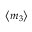
\left< m _ { 3 } \right>